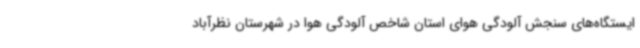
ایستگاه‌های سنجش آلودگی هوای استان شاخص آلودگی هوا در شهرستان نظرآباد